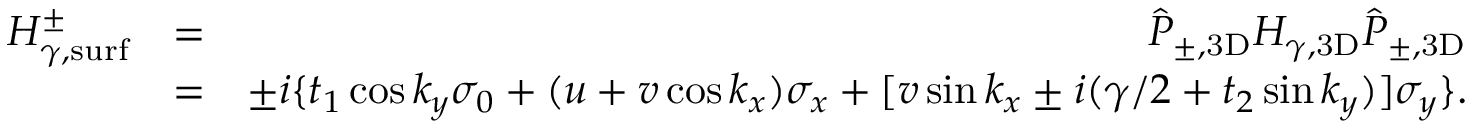
\begin{array} { r l r } { H _ { \gamma , \mathrm { s u r f } } ^ { \pm } } & { = } & { \hat { P } _ { \pm , \mathrm { 3 D } } H _ { \gamma , \mathrm { 3 D } } \hat { P } _ { \pm , \mathrm { 3 D } } } \\ & { = } & { \pm i \{ t _ { 1 } \cos k _ { y } \sigma _ { 0 } + ( u + v \cos k _ { x } ) \sigma _ { x } + [ v \sin k _ { x } \pm i ( \gamma / 2 + t _ { 2 } \sin k _ { y } ) ] \sigma _ { y } \} . } \end{array}